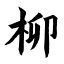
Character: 柳